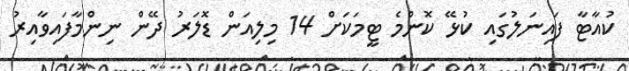
ކުއާޓާ ފައިނަލުގައި ކުޅޭ ކޮންމެ ޓީމަކަށް 14 މިލިއަން ޑޮލަރު ދޭން ނިންމާފައިވާއިރު